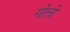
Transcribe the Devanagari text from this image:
गोलो